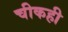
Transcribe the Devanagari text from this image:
चीकही